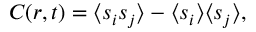
C ( r , t ) = \langle s _ { i } s _ { j } \rangle - \langle s _ { i } \rangle \langle s _ { j } \rangle ,